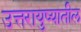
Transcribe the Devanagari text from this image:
उत्तरायुष्यातील